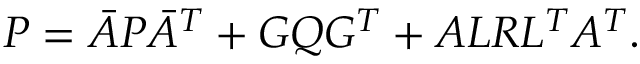
\begin{array} { r } { P = \bar { A } P \bar { A } ^ { T } + G Q G ^ { T } + A L R L ^ { T } A ^ { T } . } \end{array}